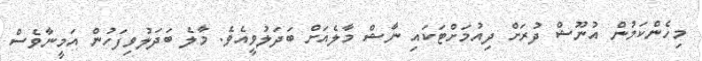
މިހެންކަމުން އުނޫޝް ދުރަށް ދިއުމަށްޓަކައި ނާޝް މާލެއަށް ބަދަލުވީއެވެ. މާލެ ބަދަލުވިފަހުން އަމީނާވެސް